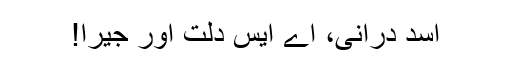
اسد درانی، اے ایس دُلت اور جیرا!